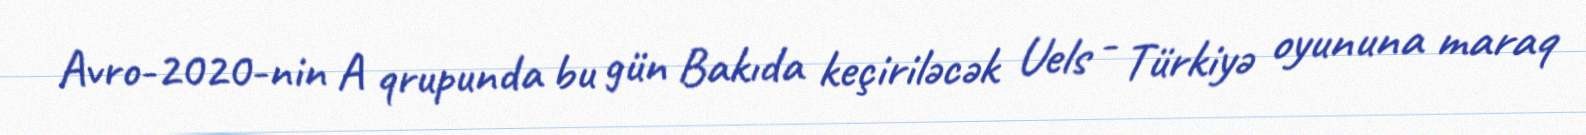
Avro-2020-nin A qrupunda bu gün Bakıda keçiriləcək Uels - Türkiyə oyununa maraq